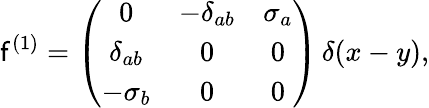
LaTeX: \mathsf{f}^{(1)}=\left(\begin{array}{ccc}{{0}}&{{-\delta_{ab}}}&{{\sigma_{a}}}\\ {{\delta_{ab}}}&{{0}}&{{0}}\\ {{-\sigma_{b}}}&{{0}}&{{0}}\end{array}\right)\, \delta(x-y),